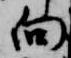
向